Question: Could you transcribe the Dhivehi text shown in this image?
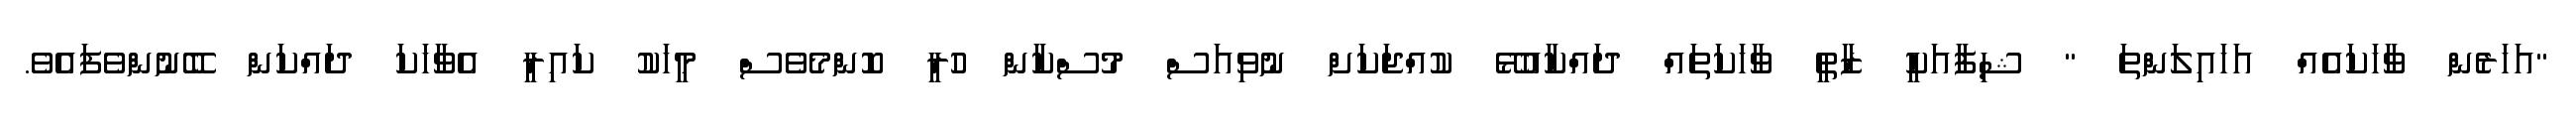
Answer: "އަހަރެން ވާހަކައެއް އަހައިލަންތަ " ޝިފާއަކީ ޒާތީ ވާހަކަތައް ދައްކާއުޅޭ ކުއްޖަކަށް ނުވިއަސް މުސްކާން ހުރީ ކޮންމެވެސް މީހަކު ކައިރީ އެވާހަކަ ދައްކަން ބޭނުންވެފައެވެ.